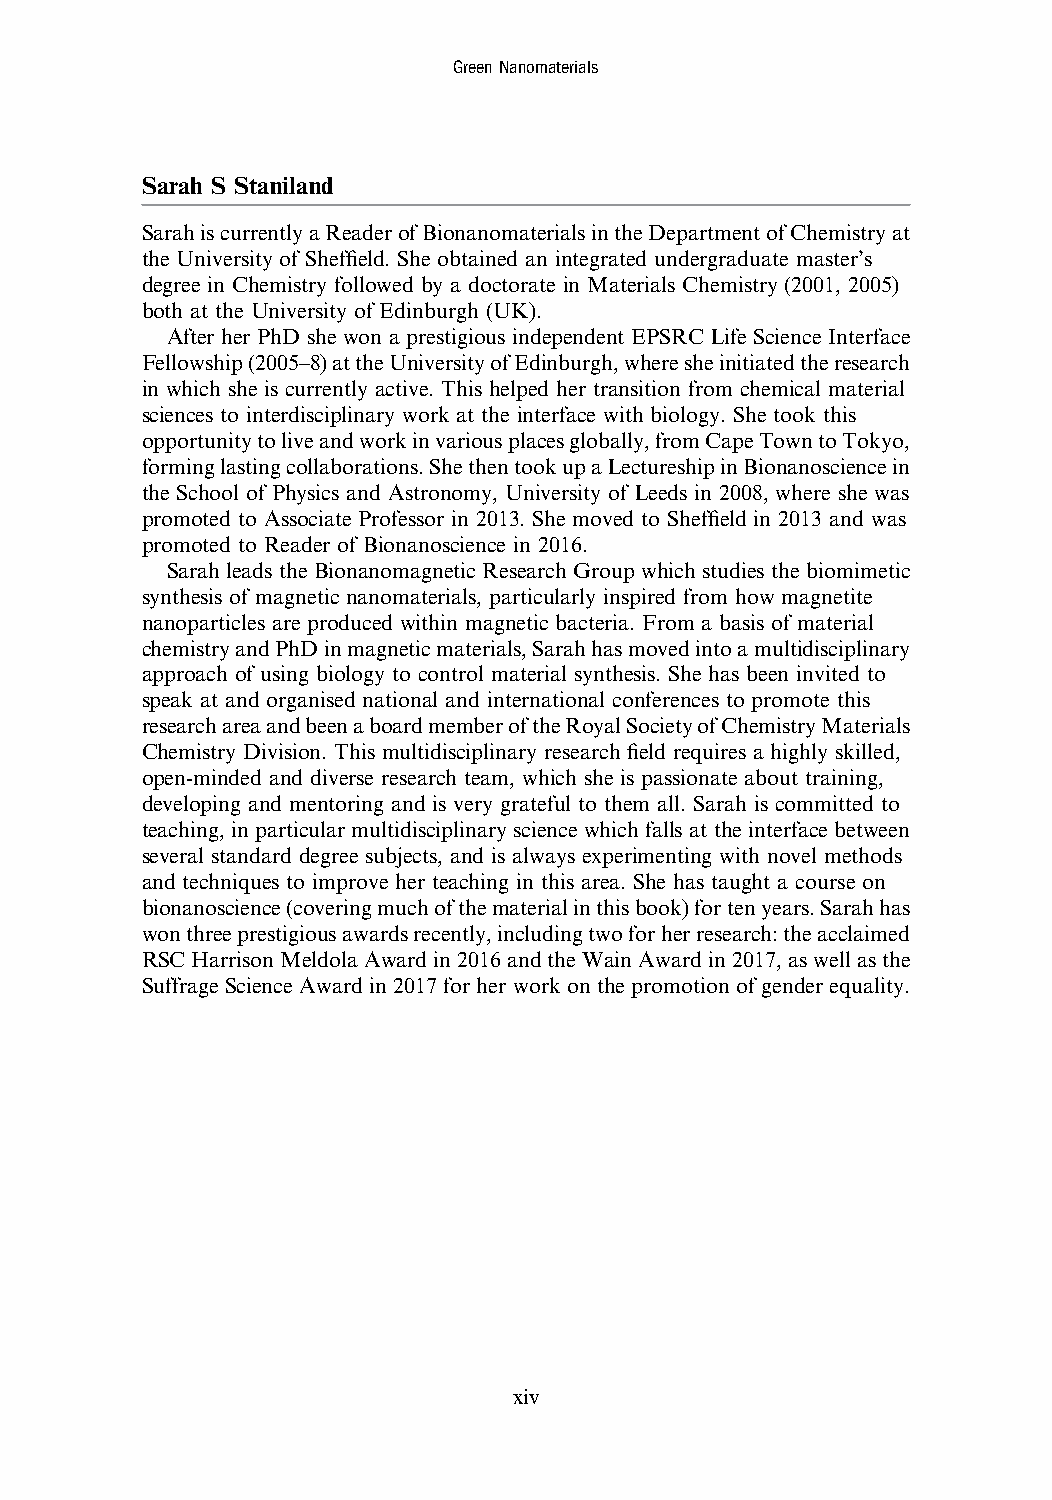
GreenNanomaterials
 Sarah S Staniland
 SarahiscurrentlyaReaderofBionanomaterialsintheDepartmentofChemistryat
 the University of Sheffield. She obtained an integrated undergraduate master’s
 degree in Chemistry followed by a doctorate in Materials Chemistry (2001, 2005)
 both at the University of Edinburgh (UK).
 After her PhD she won a prestigious independent EPSRC Life Science Interface
 Fellowship(2005–8)attheUniversityofEdinburgh,wheresheinitiatedtheresearch
 in which she is currently active. This helped her transition from chemical material
 sciences to interdisciplinary work at the interface with biology. She took this
 opportunitytoliveandworkinvariousplacesglobally,fromCapeTowntoTokyo,
 forminglastingcollaborations.ShethentookupaLectureshipinBionanosciencein
 the School of Physics and Astronomy, University of Leeds in 2008, where she was
 promoted to Associate Professor in 2013. She moved to Sheffield in 2013 and was
 promoted to Reader of Bionanoscience in 2016.
 Sarah leads the Bionanomagnetic Research Group which studies the biomimetic
 synthesis of magnetic nanomaterials, particularly inspired from how magnetite
 nanoparticles are produced within magnetic bacteria. From a basis of material
 chemistryandPhDinmagneticmaterials,Sarahhasmovedintoamultidisciplinary
 approach of using biology to control material synthesis. She has been invited to
 speak at and organised national and international conferences to promote this
 researchareaandbeenaboardmemberoftheRoyalSocietyofChemistryMaterials
 Chemistry Division. This multidisciplinary research field requires a highly skilled,
 open-minded and diverse research team, which she is passionate about training,
 developing and mentoring and is very grateful to them all. Sarah is committed to
 teaching, in particular multidisciplinary science which falls at the interface between
 several standard degree subjects, and is always experimenting with novel methods
 and techniques to improve her teaching in this area. She has taught a course on
 bionanoscience(coveringmuchofthematerialinthisbook)fortenyears.Sarahhas
 wonthreeprestigiousawardsrecently,includingtwoforherresearch:theacclaimed
 RSCHarrisonMeldolaAwardin2016andtheWainAwardin2017,aswellasthe
 Suffrage Science Award in 2017 for her work on the promotion of gender equality.
 xiv